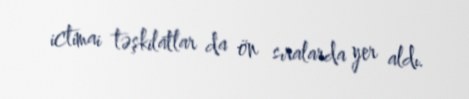
ictimai təşkilatlar da ön sıralarda yer aldı.